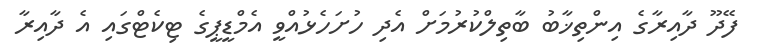
ފޭދޫ ދާއިރާގެ އިންތިޚާބު ބާތިލްކުރުމަށް އެދި ހުށަހެޅުއްވީ އެމްޑީޕީގެ ޓިކެޓްގައި އެ ދާއިރާ